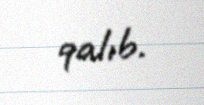
qalıb.